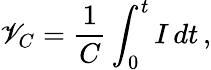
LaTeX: \mathscr{V}_{C}={\frac{{1}}{{C}}}\int_{0}^{t}I\, dt\, ,